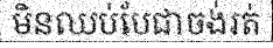
មិនឈប់បែជាចង់រត់